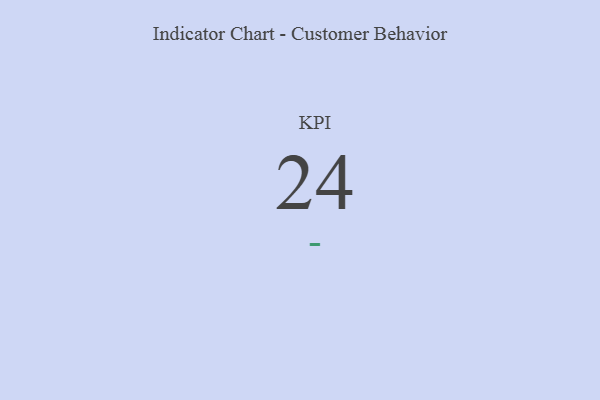
{"axis": {"x": "KPI", "y": "Value"}, "legend": [""], "data": [{"x": "KPI", "y": 24, "type": ""}]}